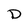
Character: D